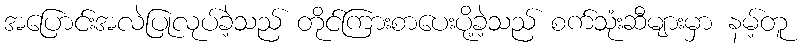
အပြောင်းအလဲပြုလုပ်ခဲ့သည် တိုင်ကြားစာပေးပို့ခဲ့သည် စက်သုံးဆီများမှာ နမ့်တူ